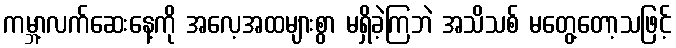
ကမ္ဘာ့လက်ဆေးနေ့ကို အလေ့အထများစွာ မရှိခဲ့ကြဘဲ အသိသစ် မတွေ့တော့သဖြင့်